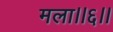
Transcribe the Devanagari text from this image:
मला।।६।।